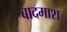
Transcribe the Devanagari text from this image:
बादमाश